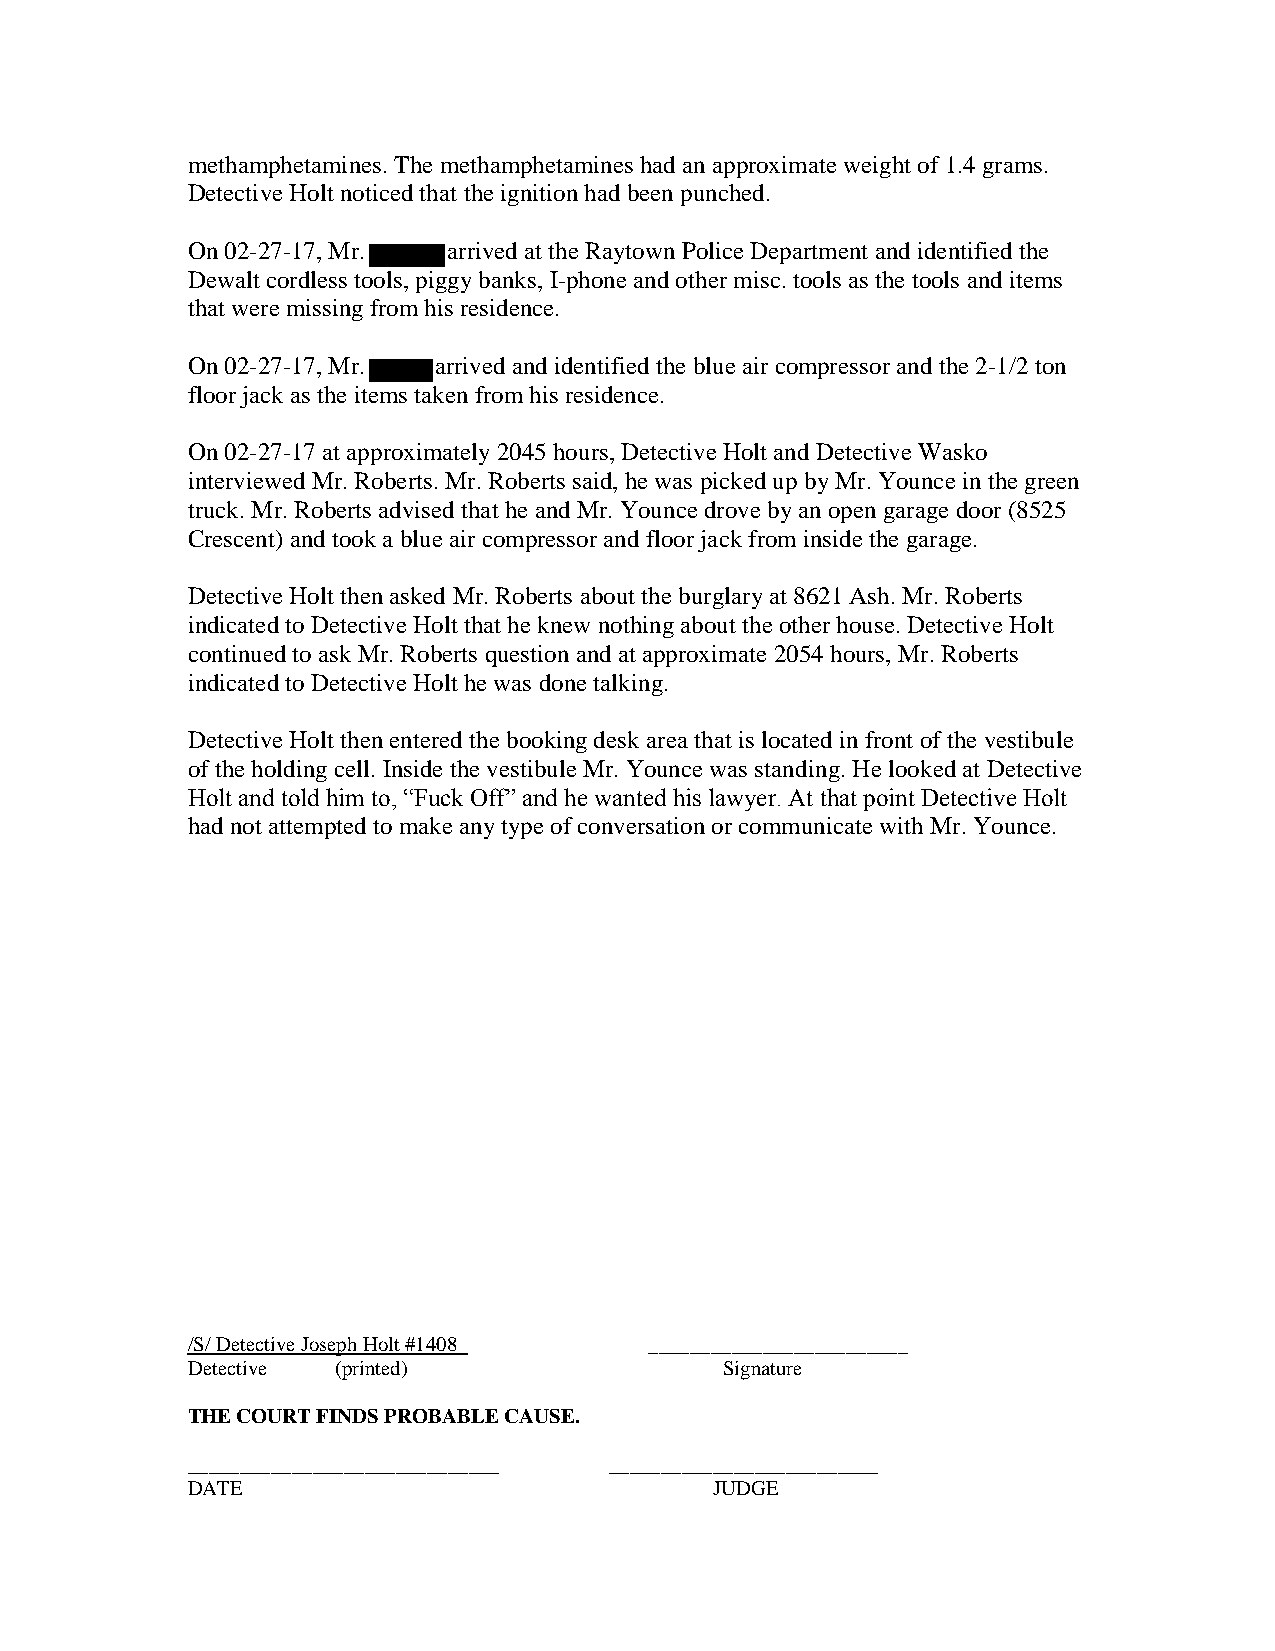
methamphetamines. The methamphetamines had an approximate weight of 1.4 grams.
 Detective Holt noticed that the ignition had been punched.
 On 02-27-17, Mr.  arrived at the Raytown Police Department and identified the
 Dewalt cordless tools, piggy banks, I-phone and other misc. tools as the tools and items
 that were missing from his residence.
 On 02-27-17, Mr. arrived and identified the blue air compressor and the 2-1/2 ton
 floor jack as the items taken from his residence.
 On 02-27-17 at approximately 2045 hours, Detective Holt and Detective Wasko
 interviewed Mr. Roberts. Mr. Roberts said, he was picked up by Mr. Younce in the green
 truck. Mr. Roberts advised that he and Mr. Younce drove by an open garage door (8525
 Crescent) and took a blue air compressor and floor jack from inside the garage.
 Detective Holt then asked Mr. Roberts about the burglary at 8621 Ash. Mr. Roberts
 indicated to Detective Holt that he knew nothing about the other house. Detective Holt
 continued to ask Mr. Roberts question and at approximate 2054 hours, Mr. Roberts
 indicated to Detective Holt he was done talking.
 Detective Holt then entered the booking desk area that is located in front of the vestibule
 of the holding cell. Inside the vestibule Mr. Younce was standing. He looked at Detective
 Holt and told him to, “Fuck Off” and he wanted his lawyer. At that point Detective Holt
 had not attempted to make any type of conversation or communicate with Mr. Younce.
 /S/ Detective Joseph Holt #1408 _________________________
 Detective (printed)                 Signature
 THE COURT FINDS PROBABLE CAUSE.
 ______________________________ __________________________
 DATE                               JUDGE